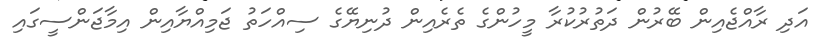
އަދި ރާއްޖެއިން ބޭރުން ދަތުރުކުރާ މީހުންގެ ތެރެއިން ދުނިޔޭގެ ސިއްހަތު ޖަމިއްޔާއިން އިމާޖަންސީގައި